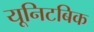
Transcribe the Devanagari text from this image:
यूनिटबिक